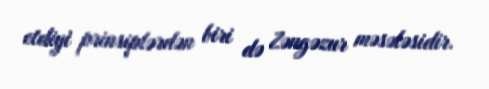
etdiyi prinsiplərdən biri də Zəngəzur məsələsidir.